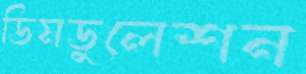
ডিমডুলেশন